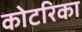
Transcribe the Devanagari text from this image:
कोटरिका